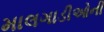
માલગાડીઓની